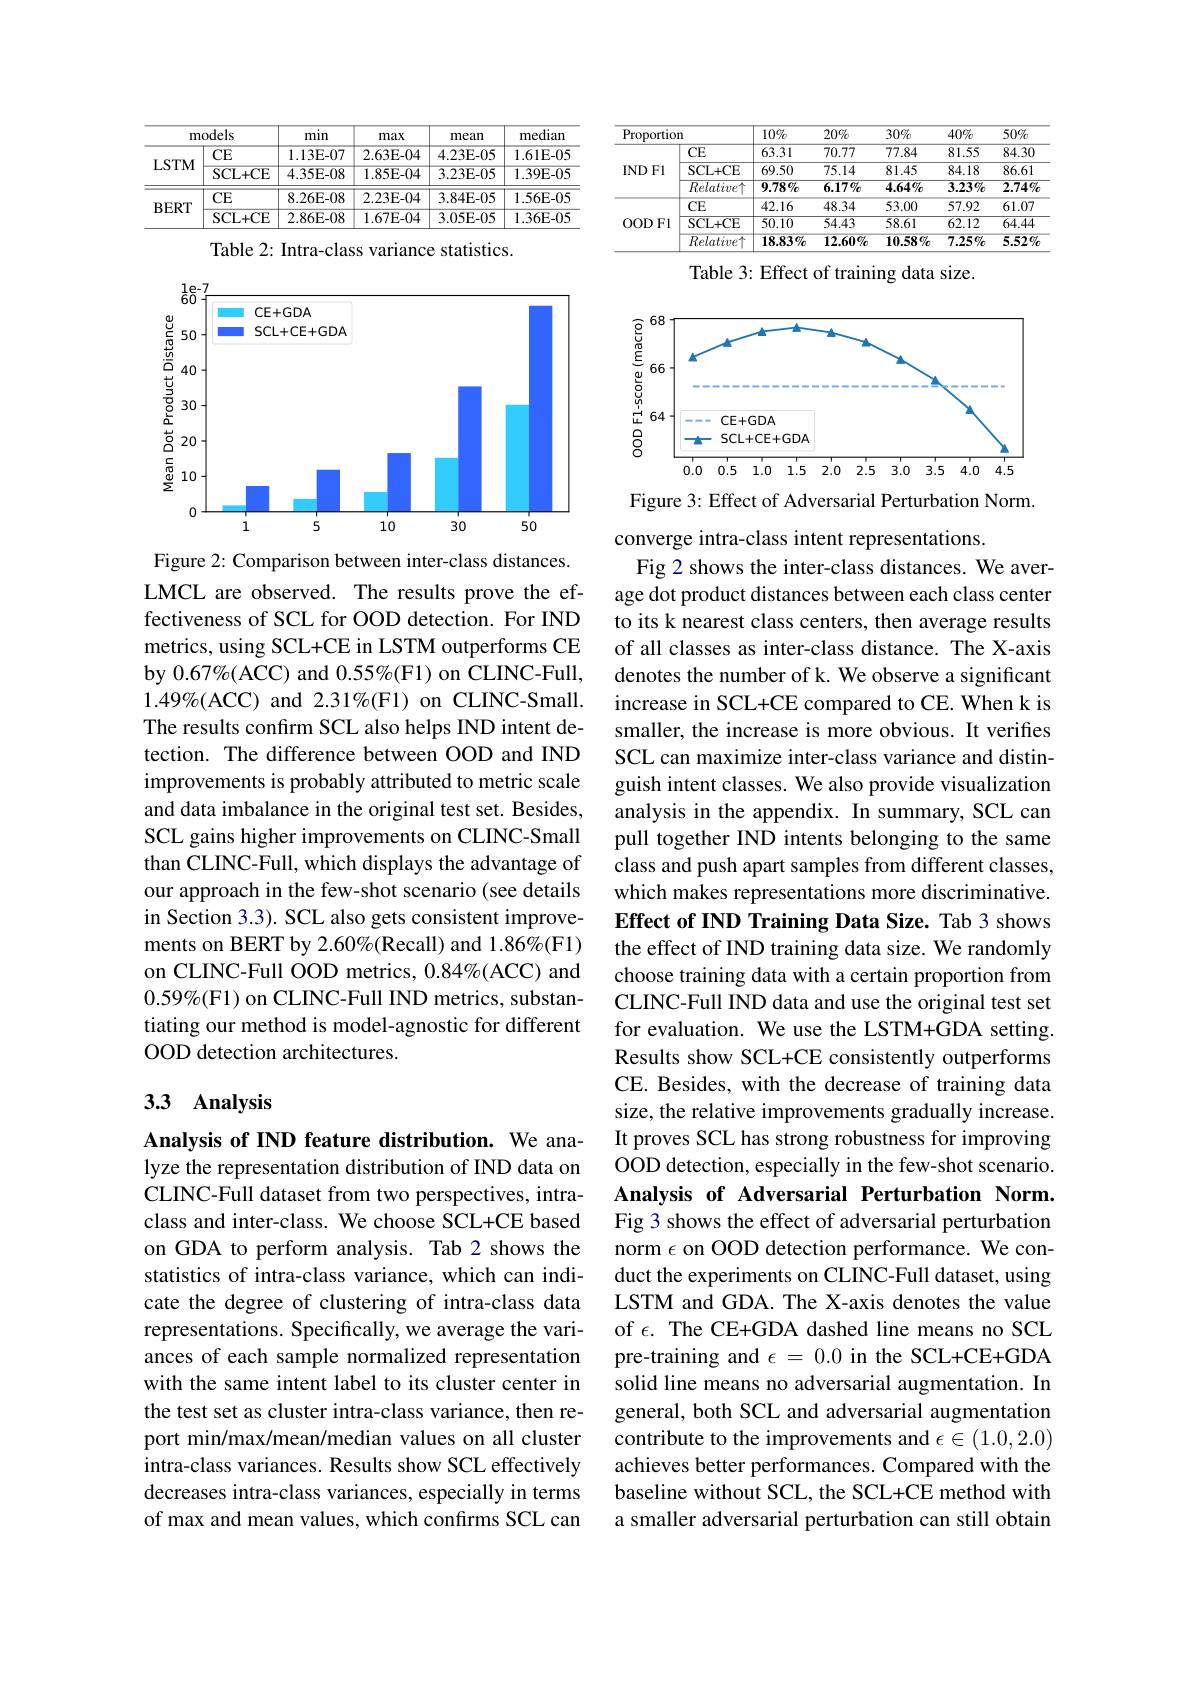
<table>
	<tbody>
		<tr>
			<th colspan="2">models</th>
			<th rowspan="2">min 1.13E-07</th>
			<th>max</th>
			<th rowspan="2">mean 4.23E-05</th>
			<th rowspan="2">median 1.61E-05</th>
		</tr>
		<tr>
			<th rowspan="2">$LSTM$</th>
			<th>CE</th>
			<th>2.63E-04</th>
		</tr>
		<tr>
			<td>SCL+ CE</td>
			<td>4.35E-08</td>
			<td>1.85E-04</td>
			<td>3.23E-05</td>
			<td>1.39E-05</td>
		</tr>
		<tr>
			<td rowspan="2">$BERT$</td>
			<td>CE</td>
			<td>8.26E-08</td>
			<td>2.23E-04</td>
			<td>3.84E-05</td>
			<td>1.56E-05</td>
		</tr>
		<tr>
			<td>SCL+ CE</td>
			<td>2.86E-08</td>
			<td>1.67E-04</td>
			<td>3.05E-05</td>
			<td>1.36E-05</td>
		</tr>
	</tbody>
</table>

Table 2: Intra-class variance statistics.

<FigureHere>

Figure 2: Comparison between inter-class distances. LMCL are observed. The results prove the effectiveness of SCL for OOD detection. For IND metrics, using SCL+CE in LSTM outperforms CE by $0.67\%($ACC) and $0.55\%($F1) on CLINC-Full, $1.49\%($ACC) and 2.31%(F1) on CLINC-Small. The results confirm SCL also helps IND intent detection. The difference between OOD and IND improvements is probably attributed to metric scale and data imbalance in the original test set. Besides, SCL gains higher improvements on CLINC-Small than CLINC-Full, which displays the advantage of our approach in the few-shot scenario (see details in Section 3.3). SCL also gets consistent improvements on BERT by 2.60%(Recall) and 1.86%(F1) on CLINC-Full OOD metrics, $0. 84\% ($ACC) and $0.59\%($F1) on CLINC-Full IND metrics, substantiating our method is model-agnostic for different OOD detection architectures.

## 3.3 Analysis

Analysis of IND feature distribution. We analyze the representation distribution of IND data on CLINC-Full dataset from two perspectives, intraclass and inter-class. We choose SCL+CE based on GDA to perform analysis. Tab 2 shows the statistics of intra-class variance, which can indicate the degree of clustering of intra-class data representations. Specifically, we average the variances of each sample normalized representation with the same intent label to its cluster center in the test set as cluster intra-class variance, then report min/max/mean/median values on all cluster intra-class variances. Results show SCL effectively decreases intra-class variances, especially in terms of max and mean values, which confirms SCL can

<table>
	<tbody>
		<tr>
			<th colspan="2">Proportion</th>
			<th>$10\%$</th>
			<th>$20\%$</th>
			<th>$30\%$</th>
			<th>$40\%$</th>
			<th>$50\%$</th>
		</tr>
		<tr>
			<td rowspan="3">IND Fl</td>
			<td>CE</td>
			<td>63.31</td>
			<td>70.77</td>
			<td>77.84</td>
			<td>81.55</td>
			<td>84.30</td>
		</tr>
		<tr>
			<td>SCL+ CE</td>
			<td>69.50</td>
			<td>75.14</td>
			<td>81.45</td>
			<td>84.18</td>
			<td>86.61</td>
		</tr>
		<tr>
			<td>$\overline{Relative}$ 1 T</td>
			<td>$9.78\%$</td>
			<td>$6.17\%$</td>
			<td>$4.64\%$</td>
			<td>$\overline{3.23}\%$</td>
			<td>$\overline{2.74\%}$</td>
		</tr>
		<tr>
			<td rowspan="3">OOD Fl</td>
			<td>CE</td>
			<td>42.16</td>
			<td>48.34</td>
			<td>53.00</td>
			<td>57.92</td>
			<td>61.07</td>
		</tr>
		<tr>
			<td>SCL+ CE</td>
			<td>50.10</td>
			<td>54.43</td>
			<td>58.61</td>
			<td>$\overline{62.12}$</td>
			<td>$\overline{64.44}$</td>
		</tr>
		<tr>
			<td>$\overline{Relative}$</td>
			<td>$18.83\%$</td>
			<td>$12.60\%$</td>
			<td>$10.58\%$</td>
			<td>$7.25\%$</td>
			<td>$5.52\%$</td>
		</tr>
	</tbody>
</table>

Table 3: Effect of training data size

<FigureHere>

Figure 3: Effect of Adversarial Perturbation Norm.
converge intra-class intent representations.
Fig 2 shows the inter-class distances. We average dot product distances between each class center to its k nearest class centers, then average results of all classes as inter-class distance. The X-axis denotes the number of k. We observe a significant increase in SCL+CE compared to CE. When k is smaller, the increase is more obvious. It verifies SCL can maximize inter-class variance and distinguish intent classes. We also provide visualization analysis in the appendix. In summary, SCL can pull together IND intents belonging to the same class and push apart samples from different classes, which makes representations more discriminative. Effect of IND Training Data Size. Tab 3 shows the effect of IND training data size. We randomly choose training data with a certain proportion from CLINC-Full IND data and use the original test set for evaluation. We use the LSTM+GDA setting. Results show SCL+CE consistently outperforms CE. Besides, with the decrease of training data size, the relative improvements gradually increase. It proves SCL has strong robustness for improving OOD detection, especially in the few-shot scenario. Analysis of Adversarial Perturbation Norm. Fig 3 shows the effect of adversarial perturbation norm $\epsilon$ on OOD detection performance. We conduct the experiments on CLINC-Full dataset, using LSTM and GDA. The X-axis denotes the value of $\epsilon.$ The CE+GDA dashed line means no SCL pre-training and $\epsilon=0.0$ in the SCL+CE+GDA solid line means no adversarial augmentation. In general, both SCL and adversarial augmentation contribute to the improvements and $\epsilon\in(1.0,2.0)$ achieves better performances. Compared with the baseline without SCL, the SCL+CE method with a smaller adversarial perturbation can still obtain